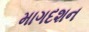
માગદશન